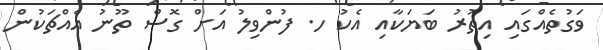
ވަގުތެއްގައި އިތުރު ބަޔަކާއި އެކު ހ. ފުންވިލު އަށް ގޮސް ތޫނު އެއްޗަކުން